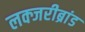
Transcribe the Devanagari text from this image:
लक्जरीब्रांड